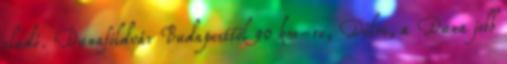
eladó. Dunaföldvár Budapesttől 90 km-re, Délre, a Duna jobb